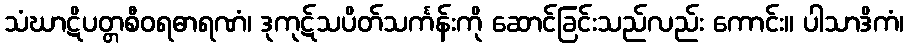
သံဃာဋိပတ္တစီဝရဓာရဏံ၊ ဒုကုဋ်သပိတ်သင်္ကန်းကို ဆောင်ခြင်းသည်လည်း ကောင်း။ ပါသာဒိကံ၊